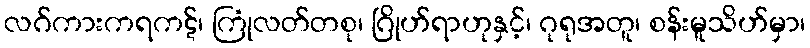
လဂ်ကားကရကဋ်၊ ကြုံလတ်တစု၊ ဂြိုဟ်ရာဟုနှင့်၊ ဂုရုအတူ၊ စန်းမူသိဟ်မှာ၊